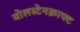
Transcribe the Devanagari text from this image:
वोलस्टेनक्राफ्ट